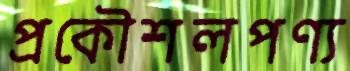
প্রকৌশলপণ্য